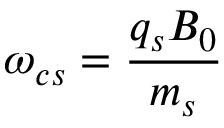
\omega _ { c s } = \frac { q _ { s } B _ { 0 } } { m _ { s } }